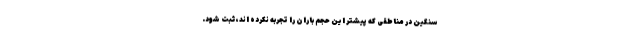
سنگین در مناطقی که پیشتر این حجم باران را تجربه نکرده اند، ثبت شود.